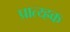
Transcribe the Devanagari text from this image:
प्रात्य्ह्रक